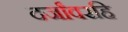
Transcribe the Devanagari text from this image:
दर्जांवरहि